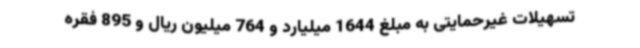
تسهیلات غیرحمایتی به مبلغ 1644 میلیارد و 764 میلیون ریال و 895 فقره